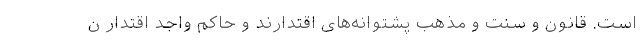
است. قانون و سنت و مذهب پشتوانه‌های اقتدارند و حاکم واجد اقتدار ن